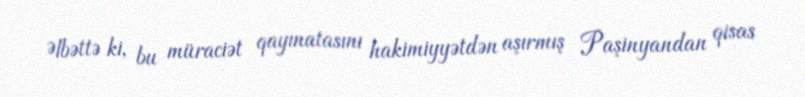
Əlbəttə ki, bu müraciət qayınatasını hakimiyyətdən aşırmış Paşinyandan qisas